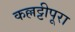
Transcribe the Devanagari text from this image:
कल्लट्टीपूरा